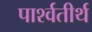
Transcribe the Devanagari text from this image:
पार्श्वतीर्थ